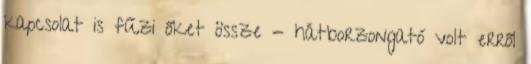
kapcsolat is fűzi őket össze - hátborzongató volt erről